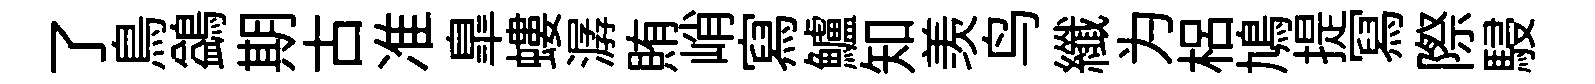
了鳥鷁期古准臯螻潺賄峭寫鱸知羡鸟纖为梠鳩提冩際駸